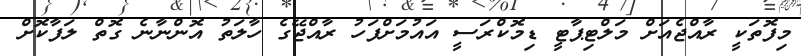
މިފޮތަކީ ރާއްޖެއަށް މަލްޓިޕާޓީ ޑިމޮކްރަސީ އައުމަށްފަހު ރާއްޖޭގެ ހާލަތު އޮންނާނެ ގޮތް ލަފާކޮށް